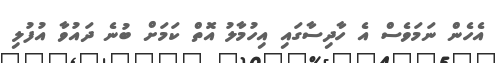
އެހެން ނަމަވެސް އެ ހާދިސާގައި އިހުމާލު އޮތް ކަމަށް ބުނެ ދައުވާ އުފުލި